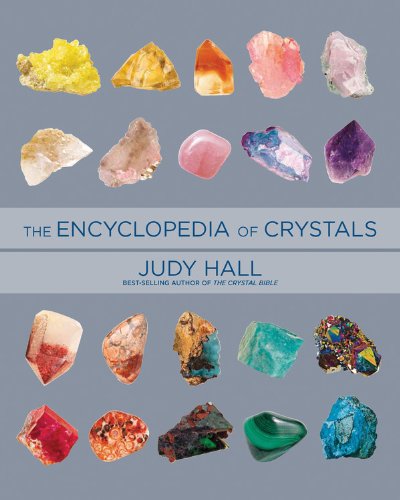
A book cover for Encyclopedia of Crystals, Revised and Expanded; Judy Hall; Religion & Spirituality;